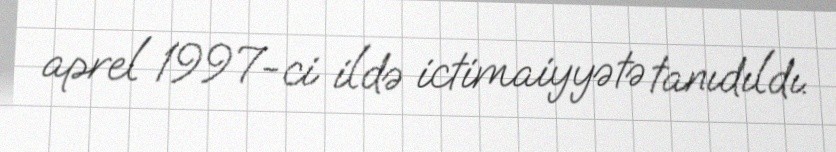
aprel 1997-ci ildə ictimaiyyətə tanıdıldı.